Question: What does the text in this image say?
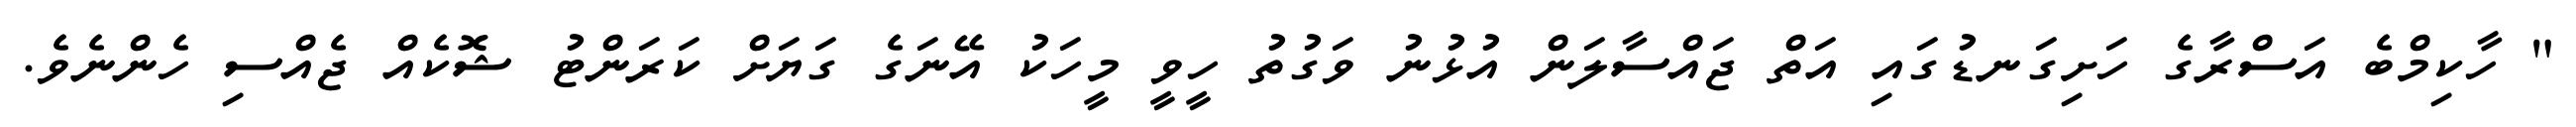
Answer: " ހާކިމްބެ އަސްރާގެ ހަށިގަނޑުގައި އަތް ޖައްސާލަން އުޅުނު ވަގުތު ހީވީ މީހަކު އޭނަގެ ގަޔަށް ކަރަންޓު ޝޮކެއް ޖެއްސި ހެންނެވެ.